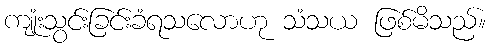
ကျုံးသွင်းခြင်းခံရသလောဟု သံသယ ဖြစ်မိသည်။